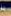
بز